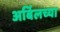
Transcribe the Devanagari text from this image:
अर्बिलच्या